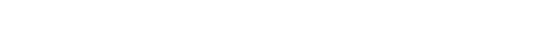
ရှိသည်ဖြစ်၍သာလျှင် ဖြစ်သော။ နိဗ္ဗာနံ၊ သည်။ သဿတာဒိသဘာဝဝသေန၊